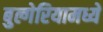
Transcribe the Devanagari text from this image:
बुल्गेरियामध्ये